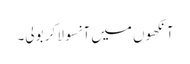
آنکھوں میں آنسو لا کر بولی۔